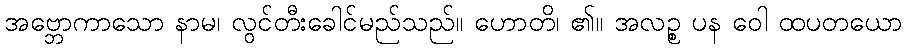
အဗ္ဘောကာသော နာမ၊ လွင်တီးခေါင်မည်သည်။ ဟောတိ၊ ၏။ အလဉ္စ ပန ဝေါ ထပတယော